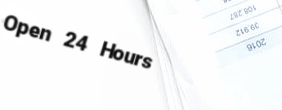
Open 24 Hours